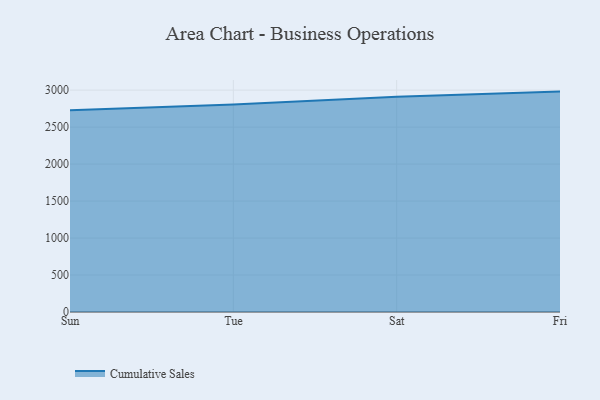
{"axis": {"x": "Day", "y": "Population (Million)"}, "legend": ["Cumulative Sales"], "data": [{"x": "Sun", "y": 2729.7, "type": "Cumulative Sales"}, {"x": "Tue", "y": 2805.3, "type": "Cumulative Sales"}, {"x": "Sat", "y": 2909.1, "type": "Cumulative Sales"}, {"x": "Fri", "y": 2980.2, "type": "Cumulative Sales"}]}